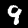
Digit: 9